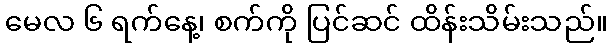
မေလ ၆ ရက်နေ့၊ စက်ကို ပြင်ဆင် ထိန်းသိမ်းသည်။